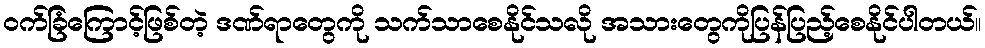
ဝက်ခြံကြောင့်ဖြစ်တဲ့ ဒဏ်ရာတွေကို သက်သာစေနိုင်သလို အသားတွေကိုပြန်ပြည့်စေနိုင်ပါတယ်။